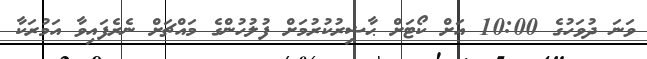
ވަނަ ދުވަހުގެ 10:00 އަށް ކޯޓަށް ޙާޟިރުކުރުމަށް ފުލުހުންގެ މައްޗަށް ނެރެފައިވާ އަމުރަކާ